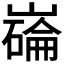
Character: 𫶗